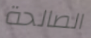
الصالحة